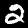
Digit: 2